Indian Civil Veterinary Department memoirs
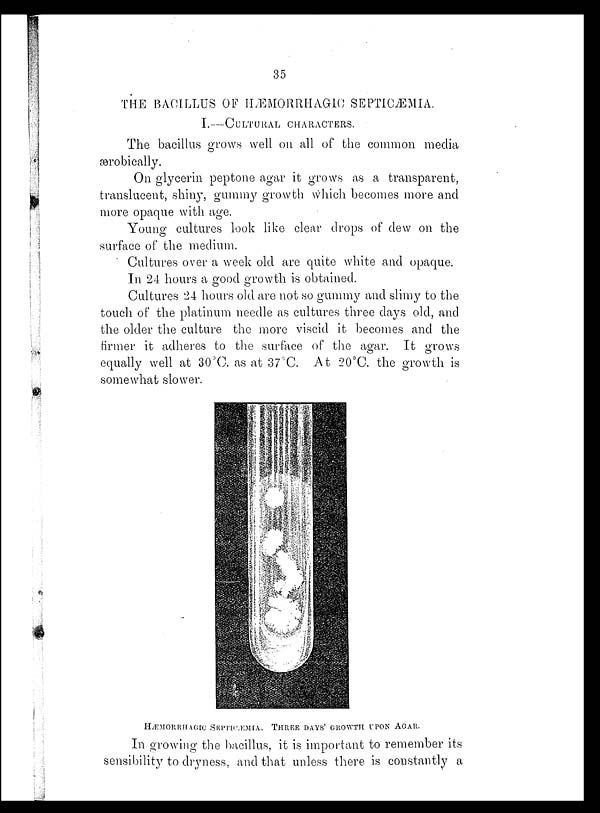
35
THE BACILLUS OF HÆMORRHAGIC SEPTICÆMIA.
I.—CULTURAL CHARACTERS.
The bacillus grows well on all of the common media
ærobically.
On glycerin peptone agar it grows as a transparent,
translucent, shiny, gummy growth which becomes more and
more opaque with age.
Young cultures look like clear drops of dew on the
surface of the medium.
Cultures over a week old are quite white and opaque.
In 24 hours a good growth is obtained.
Cultures 24 hours old are not so gummy and slimy to the
touch of the platinum needle as cultures three days old, and
the older the culture the more viscid it becomes and the
firmer it adheres to the surface of the agar. It grows
equally well at 30°C. as at 37°C. At 20°C. the growth is
somewhat slower.
HÆMORRHAGIC SEPTICÆMIA. THREE DAYS' GROWTH UPON AGAR.
In growing the bacillus, it is important to remember its
sensibility to dryness, and that unless there is constantly a